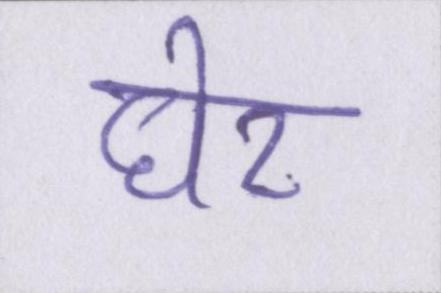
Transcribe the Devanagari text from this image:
घेर